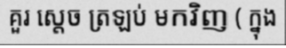
គួរ ស្តេច ត្រឡប់ មកវិញ ( ក្នុង